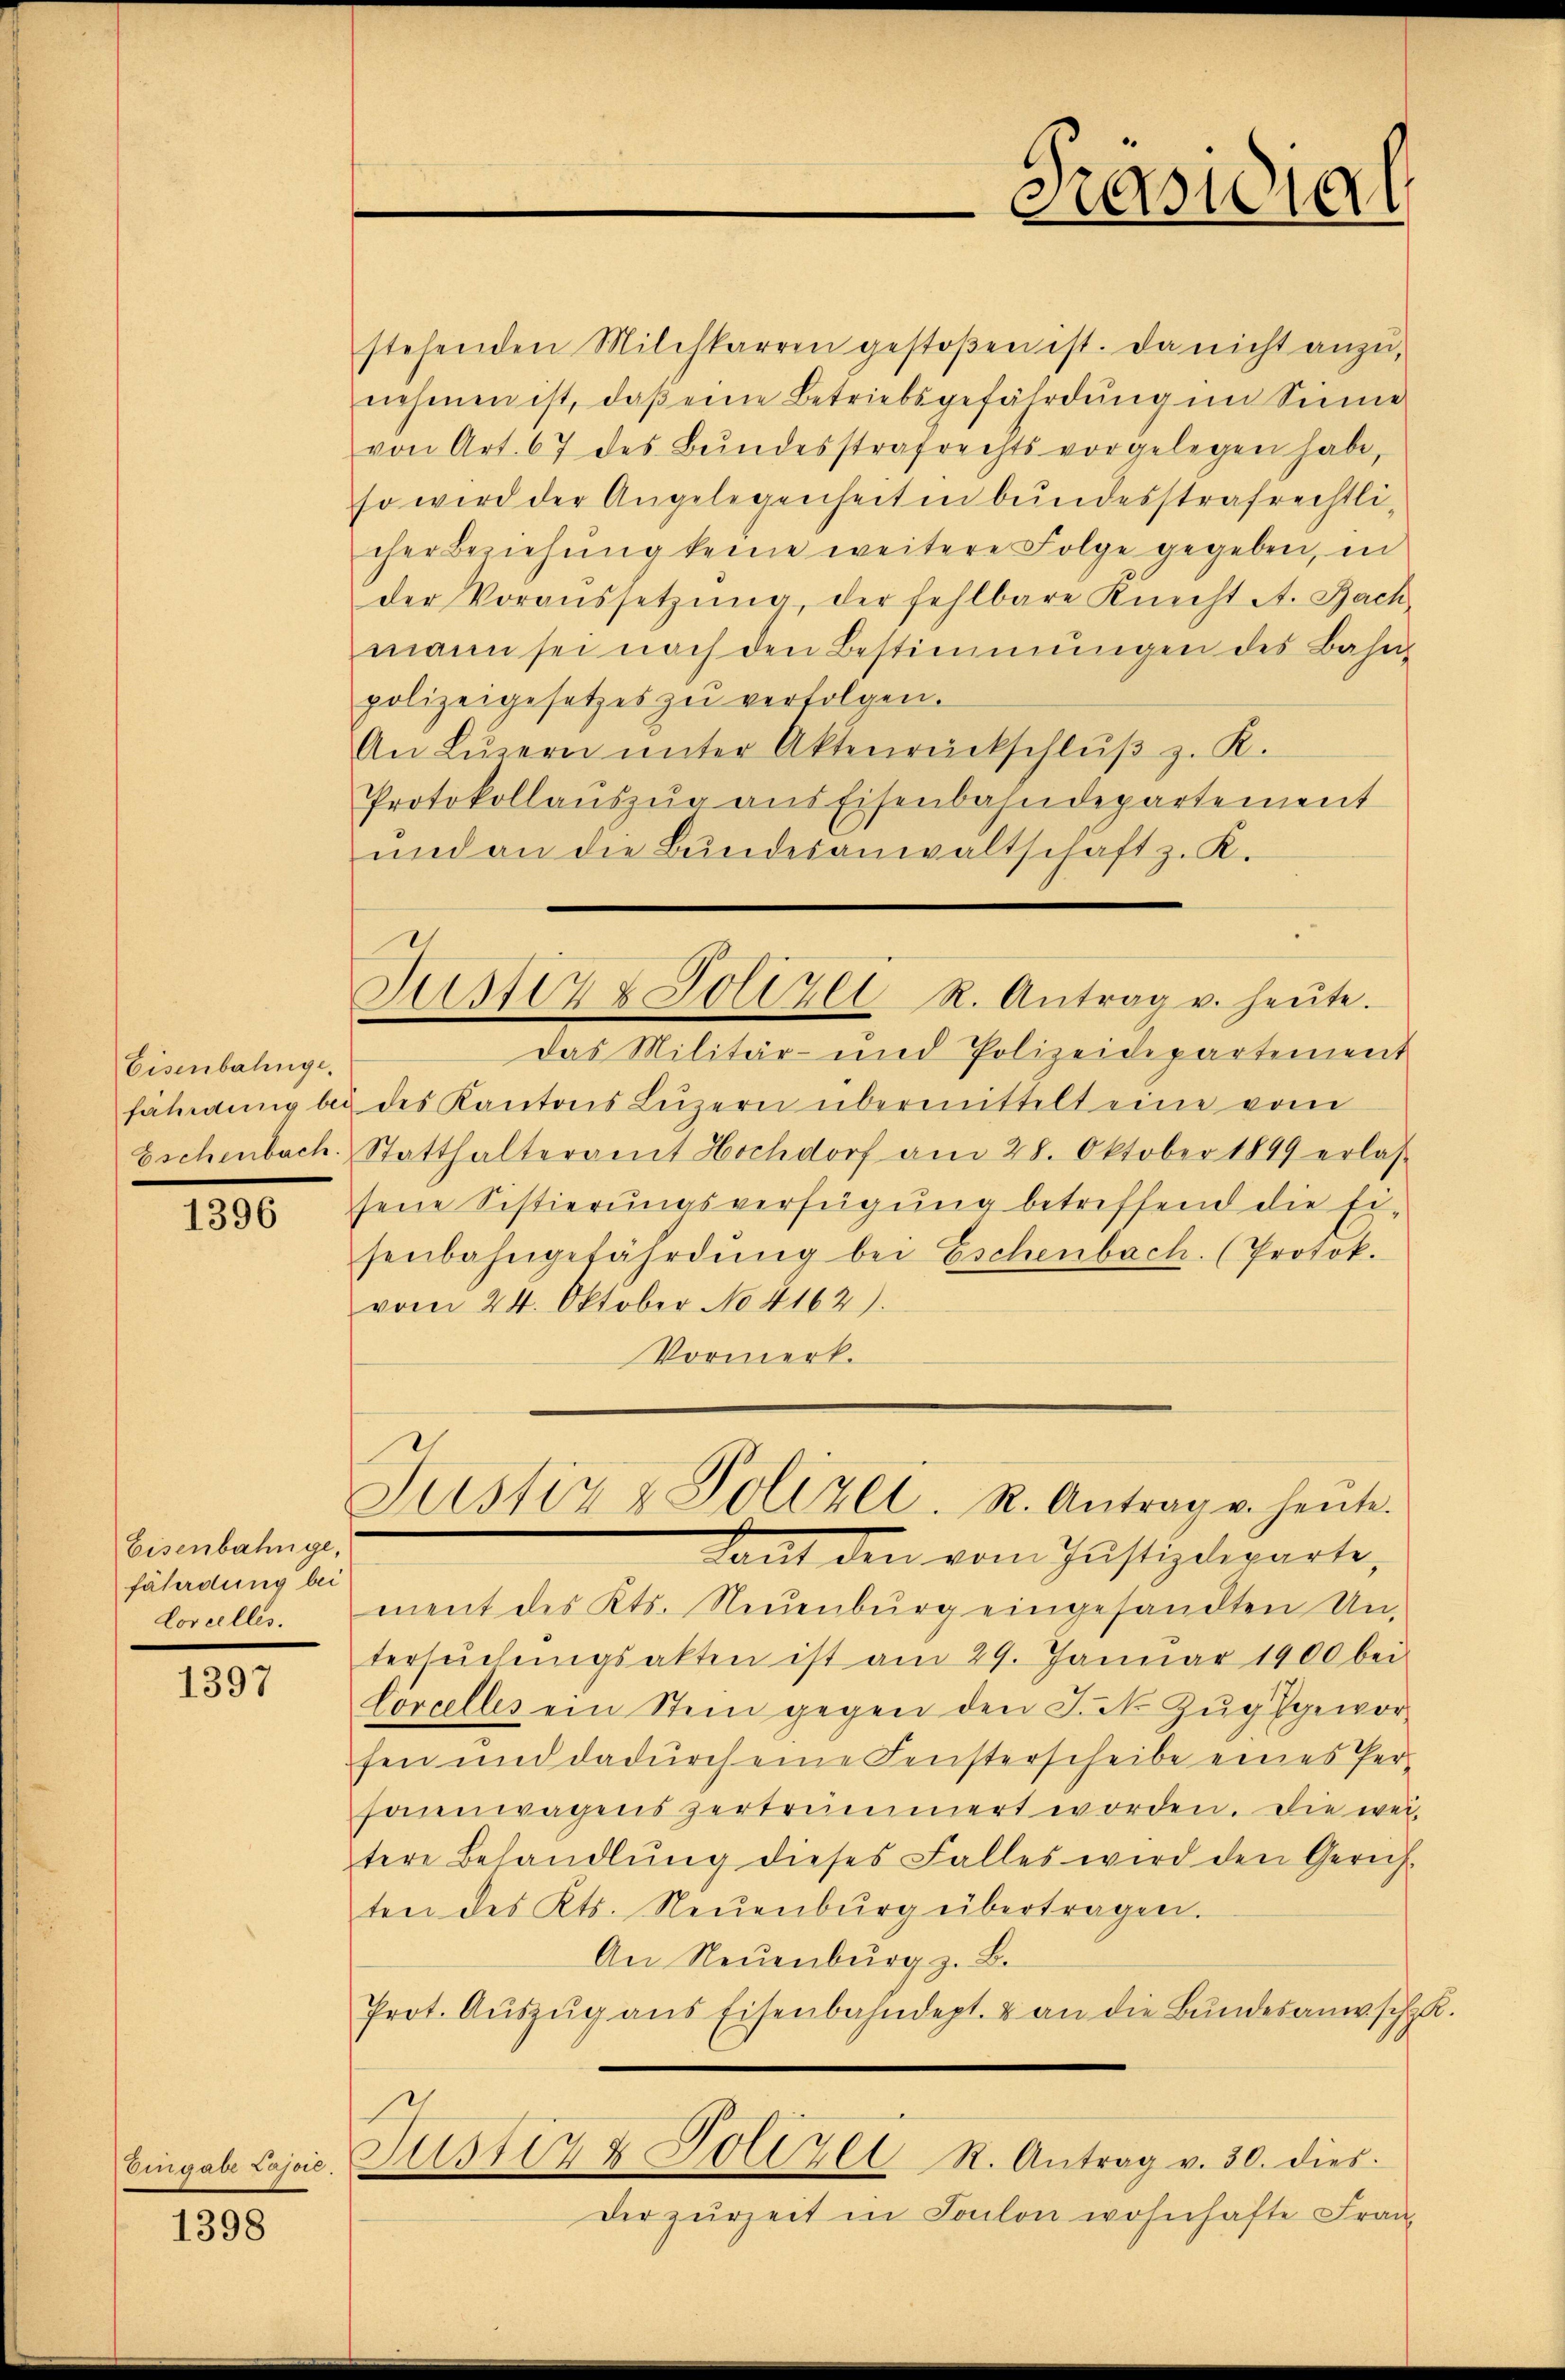
Eisenbalinge.
fährdung bei
Eschenbach.

1396

Eisenbahnge,
fährdung bei
lorcelles.

1397

Eingabe Lajoić.

1398

stehenden Milchkarren gestoßen ist. Da nicht anzunehmen ist, daβ eine Betriebsgefährdung im Sinne
von Art. 67 des Bŭndesstrafrechts vorgelegen habe,
so wird der Angelegenheit in bundesstrafrechtlicher Beziehŭng keine weitere Folge gegeben, in
der Voraussetzŭng der fehlbare Knecht A. Bach
mann sei nach den Bestimmungen des Bahn-
polizeigesetzes zu verfolgen.
An Lŭzern ŭnter Aktenrückschlŭβ z. K.
Protokollaŭszŭg ans Eisenbahndepartement
ŭnd an die Bŭndesanwaltschaft z. K.

Sis117 & Polizei R. Antrag u. heŭte.

Das Militär- und Polizeidepartement
des Kantons Luzern übermittelt eine vom
Statthalteramt Hochdorf am 28. Oktober 1849 erlas-
sene Sistierungsverfügung betreffend die Ei-
senbahngefährdung bei Eschenbach. (Protok.
vom 24. Oktober No 4162).
Vormerk.
ment des Kts. Neuenburg eingesandten Un-
tersŭchŭngsakten ist am 29. Janŭar 1900 bei
Vorcelles ein Stein gegen den J. N. Zug geworfen und dadurch eine Fensterscheibe eines Personnenwagens zertrennert worden. Die wei-
tere Behandlŭng dieses Falles wird den Gerich-
ten des Kts. Neŭenbŭrg übertragen.
An Neuenburg z. B.
Prot. Aŭszŭg ans Eisenbahndept. & an die Bundesanwsche
Jus 1872 Polizei R. Antrag v. 30. dies
der zurzeit in Fonlon wohnhafte Fran

e

Justiz & Polizei. R. Antrag u. heŭte.
Saat den vom Justizdeparte,